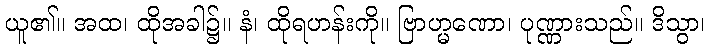
ယူ၏။ အထ၊ ထိုအခါ၌။ နံ၊ ထိုရဟန်းကို။ ဗြာဟ္မဏော၊ ပုဏ္ဏားသည်။ ဒိသွာ၊